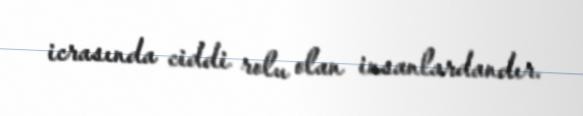
icrasında ciddi rolu olan insanlardandır.